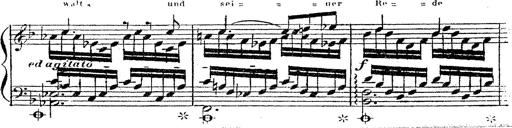
Title: 12 Lieder von Franz Schubert
Composer: Franz Liszt